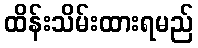
ထိန်းသိမ်းထားရမည်